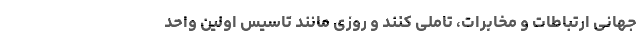
جهانی ارتباطات و مخابرات، تاملی کنند و روزی مانند تاسیس اولین واحد